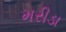
મરીડા